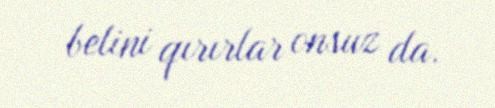
belini qırırlar onsuz da.